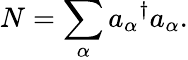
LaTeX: N=\sum_{\alpha}{a_{\alpha}}^{\dagger}a_{\alpha}.